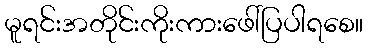
မူရင်းအတိုင်းကိုးကားဖေါ်ပြပါရစေ။